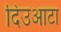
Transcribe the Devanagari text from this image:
दिउआटा